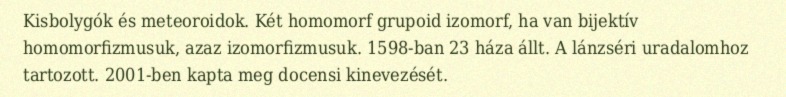
Kisbolygók és meteoroidok. Két homomorf grupoid izomorf, ha van bijektív homomorfizmusuk, azaz izomorfizmusuk. 1598-ban 23 háza állt. A lánzséri uradalomhoz tartozott. 2001-ben kapta meg docensi kinevezését.